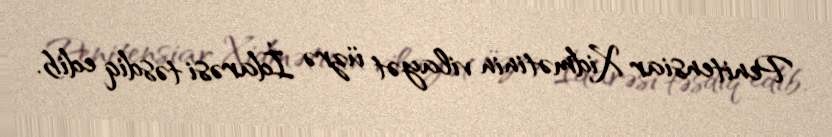
Penitensiar Xidmətinin vilayət üzrə İdarəsi təsdiq edib.